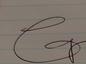
Signature authenticity: genuine